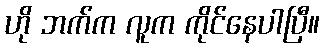
ဟို ဘက်က လူက ကိုင်နေပါပြီ။